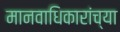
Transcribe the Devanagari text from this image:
मानवाधिकारांच्या